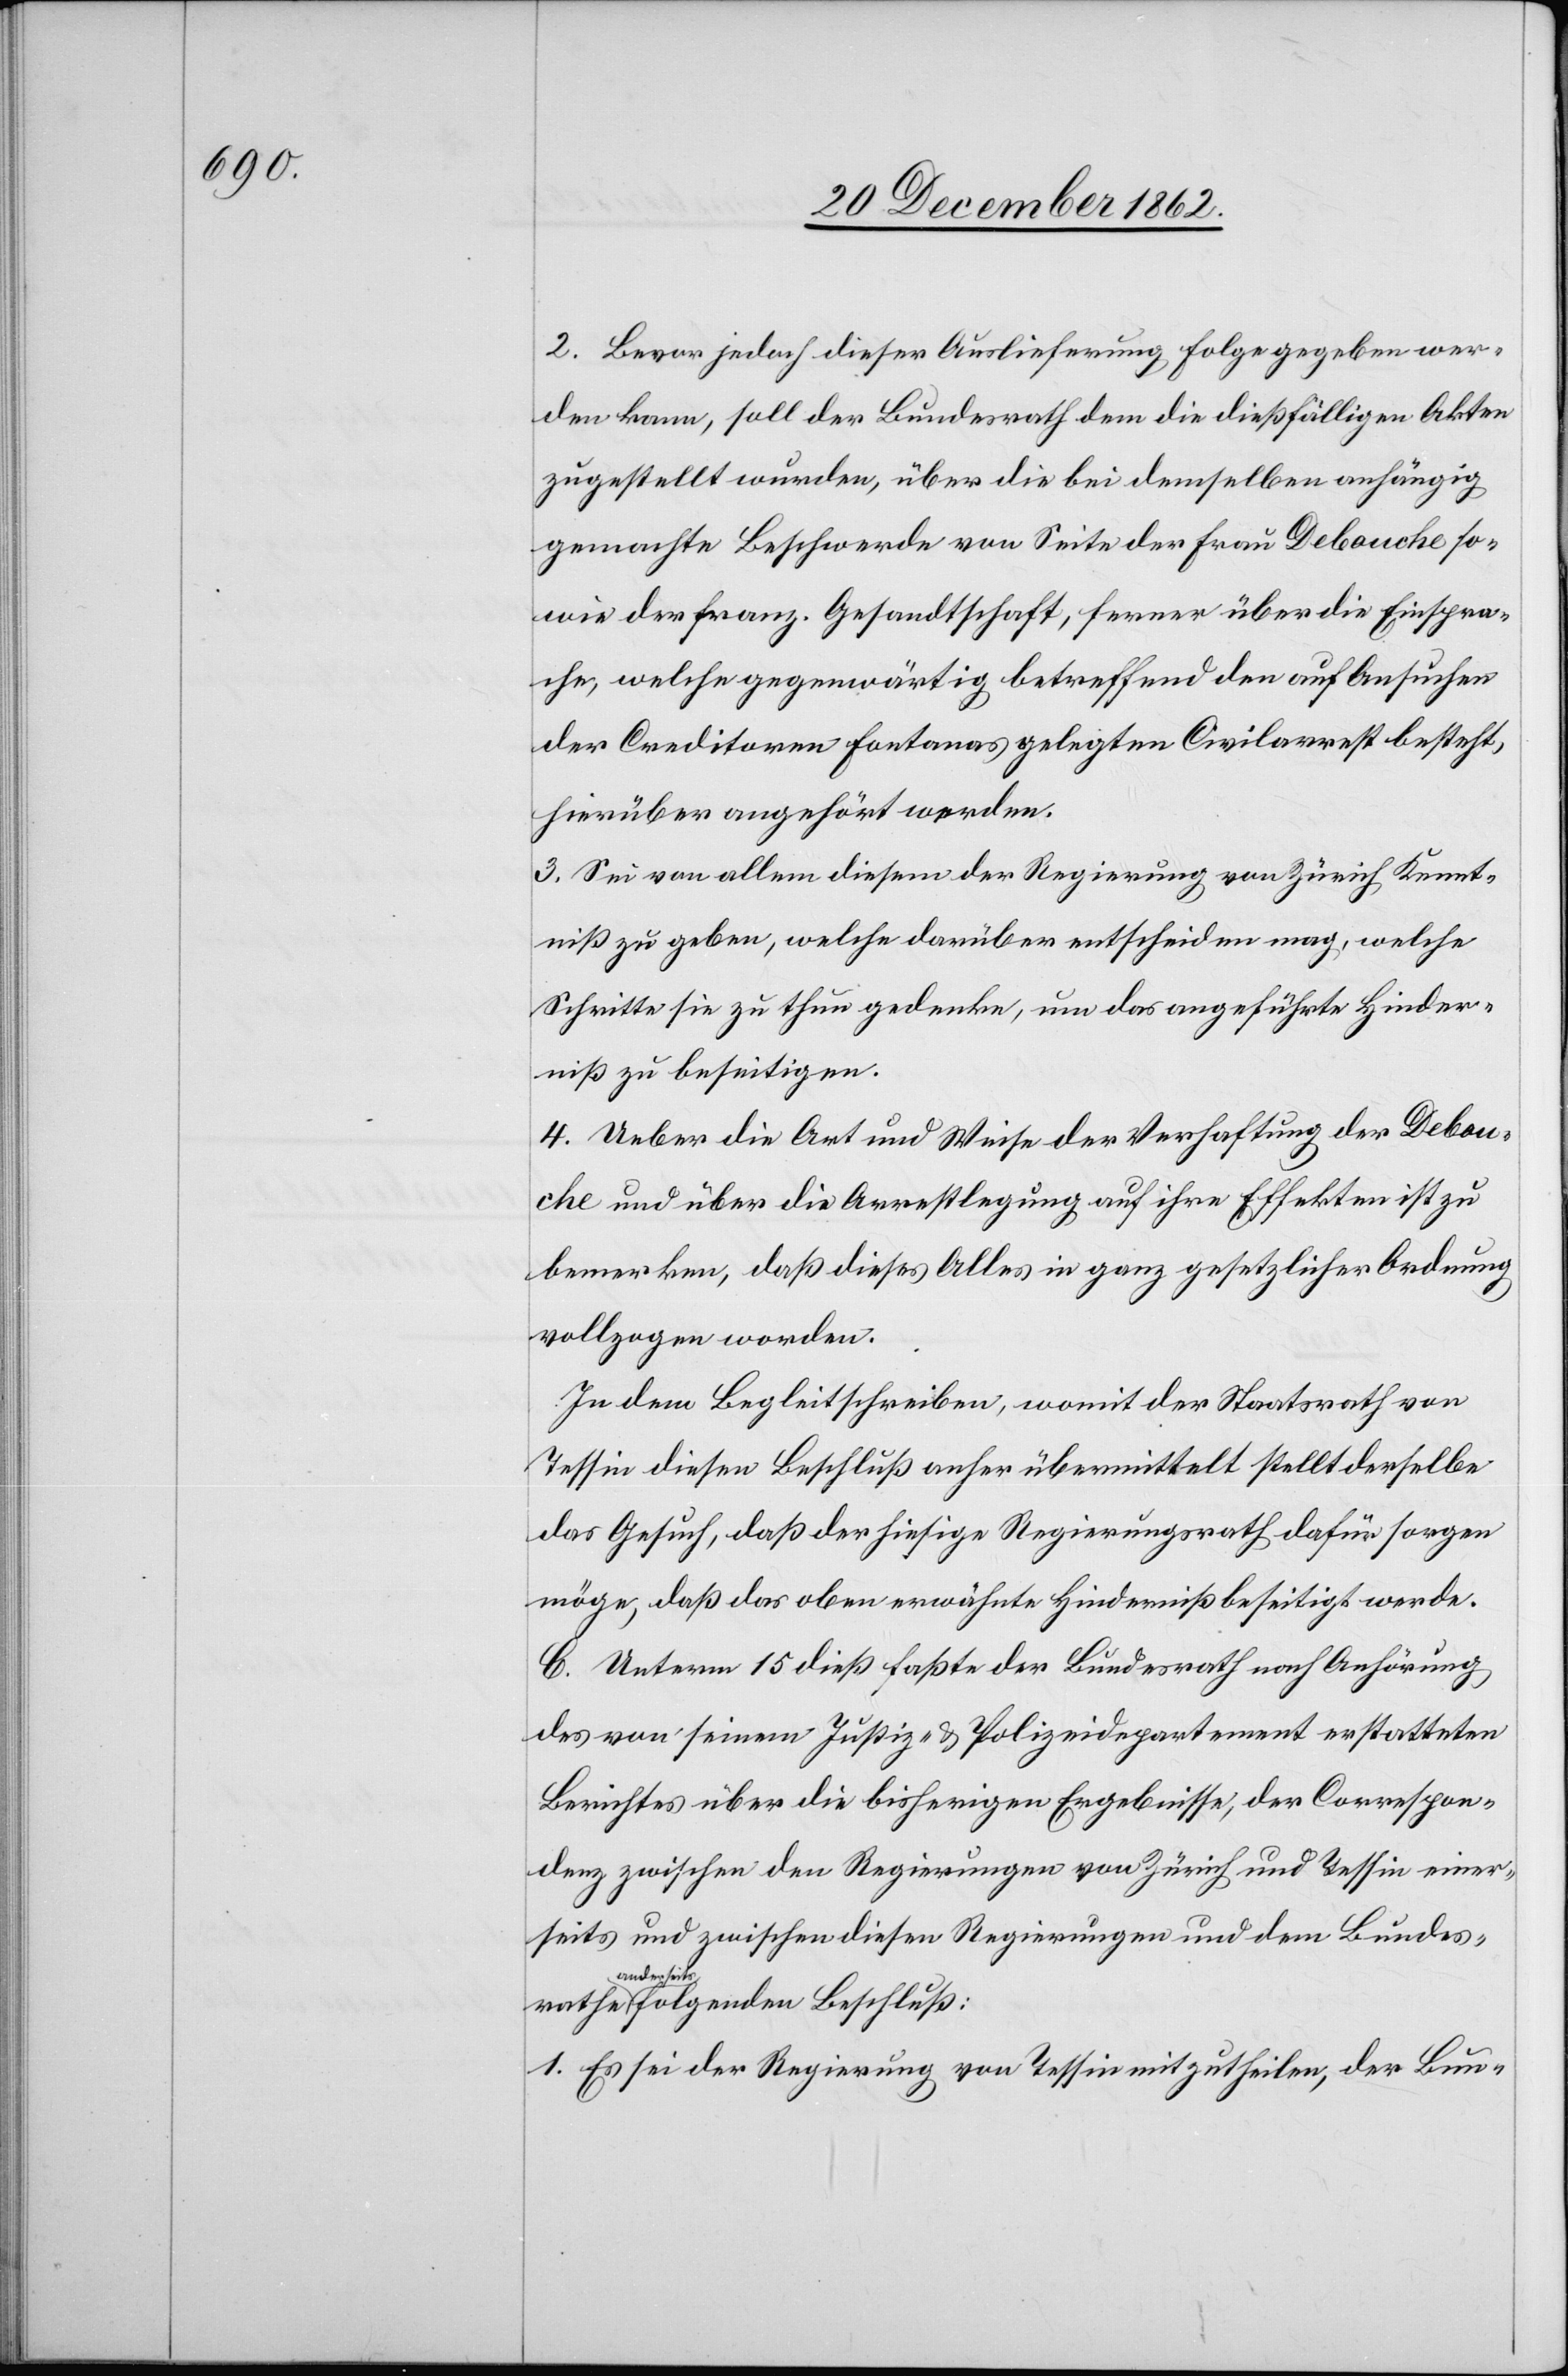
2. Bevor jedoch dieser Auslieferung Folge gegeben wer¬
den kann, soll der Bundesrath dem die dießfälligen Akten
zugestellt wurden, über die bei demselben anhängig
gemachte Beschwerde von Seite der Frau Debouche so¬
wie der franz. Gesandtschaft, ferner über die Einspra¬
che, welche gegenwärtig betreffend den auf Ansuchen
der Creditoren Fontanas gelegten Civilarrest besteht,
hierüber angehört werden.
3. Sei von allem diesem der Regierung von Zürich Kennt¬
niß zu geben, welche darüber entscheiden mag, welche
Schritte sie zu thun gedenke, um das angeführte Hinder¬
niß zu beseitigen.
4. Ueber die Art und Weise der Verhaftung der Debou¬
che und über die Arrestlegung auf ihre Effekten ist zu
bemerken, daß dieses Alles in ganz gesetzlicher Ordnung
vollzogen worden.
In dem Begleitschreiben, womit der Staatsrath von
Tessin diesen Beschluß anher übermittelt stellt derselbe
das Gesuch, daß der hiesige Regierungsrath dafür sorgen
möge, daß das oben erwähnte Hinderniß beseitigt werde.
C. Unterm 15. dieß faßte der Bundesrath nach Anhörung
des von seinem Justiz- u. Polizeidepartement erstatteten
Berichtes über die bisherigen Ergebnisse, der Correspon¬
denz zwischen den Regierungen von Zürich und Tessin einer¬
seits und zwischen diesen Regierungen und dem Bundesr¬
athe anderse¬
its folgenden Beschluß:
1. Es sei der Regierung von Tessin mitzutheilen, der Bun-